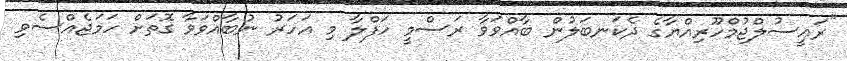
"ރައީސުލްޖުމްހޫރިއްޔާގެ ދެކަނބަލުން ބާއްވަވާ ރަސްމީ ހަފްލާ މި އަހަރު ނުބާއްވަވާ ގޮތަށް ހަމަޖެއްސެވި